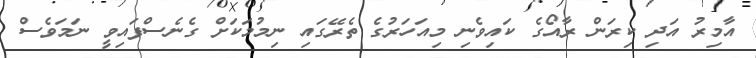
އާމިރު އަދި ކިރަން ރާއޯގެ ކައިވެނި މިއަހަރުގެ ތެރޭގައި ނިމުމަކަށް ގެނެސްފައިވީ ނަމަވެސް